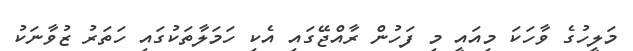
މަލީހުގެ ވާހަކަ މިއައީ މި ފަހުން ރާއްޖޭގައި އެކި ހަމަލާތަކުގައި ހަތަރު ޒުވާނަކު